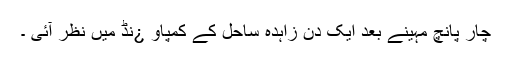
چار پانچ مہینے بعد ایک دن زاہدہ ساحل کے کمپاو ¿نڈ میں نظر آئی ۔